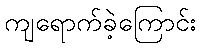
ကျရောက်ခဲ့ကြောင်း